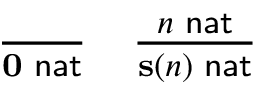
\begin{array} { l l } { { \frac { } { \mathbf { 0 } \, \, { \mathsf { n a t } } } } } & { { \frac { n \, \, { \mathsf { n a t } } } { \mathbf { s ( } n \mathbf { ) } \, \, { \mathsf { n a t } } } } } \end{array}